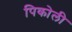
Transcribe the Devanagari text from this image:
पिकोली